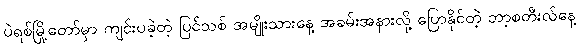
ပဲရစ်မြို့တော်မှာ ကျင်းပခဲ့တဲ့ ပြင်သစ် အမျိုးသားနေ့ အခမ်းအနားလို့ ပြောနိုင်တဲ့ ဘာ့စတီးလ်နေ့